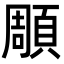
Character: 𮨒